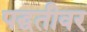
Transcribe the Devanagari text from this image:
पद्घतीवर